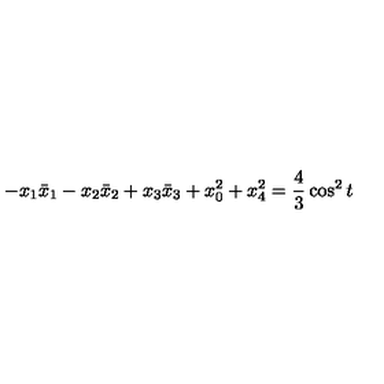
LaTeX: - x _ { 1 } \bar { x } _ { 1 } - x _ { 2 } \bar { x } _ { 2 } + x _ { 3 } \bar { x } _ { 3 } + x _ { 0 } ^ { 2 } + x _ { 4 } ^ { 2 } = \frac { 4 } { 3 } \cos ^ { 2 } t